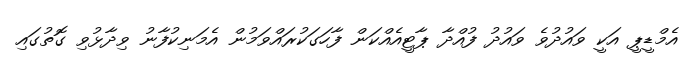
އެމްޑީޕީ އަކީ ވައުދުވެ ވައުދު ފުއްދާ ޕާޓީއެއްކަން ފާހަގަކުރައްވަމުން އެމަނިކުފާނު ވިދާޅުވި ގޮތުގައި